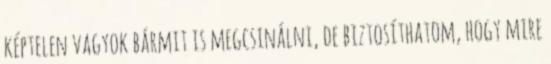
képtelen vagyok bármit is megcsinálni, de biztosíthatom, hogy mire